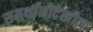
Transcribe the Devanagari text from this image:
समर्थांनीदेखील